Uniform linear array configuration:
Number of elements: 48
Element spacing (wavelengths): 0.25
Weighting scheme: binomial
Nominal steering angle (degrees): -45
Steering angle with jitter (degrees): -46.49
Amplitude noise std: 0.05
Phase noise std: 0.05

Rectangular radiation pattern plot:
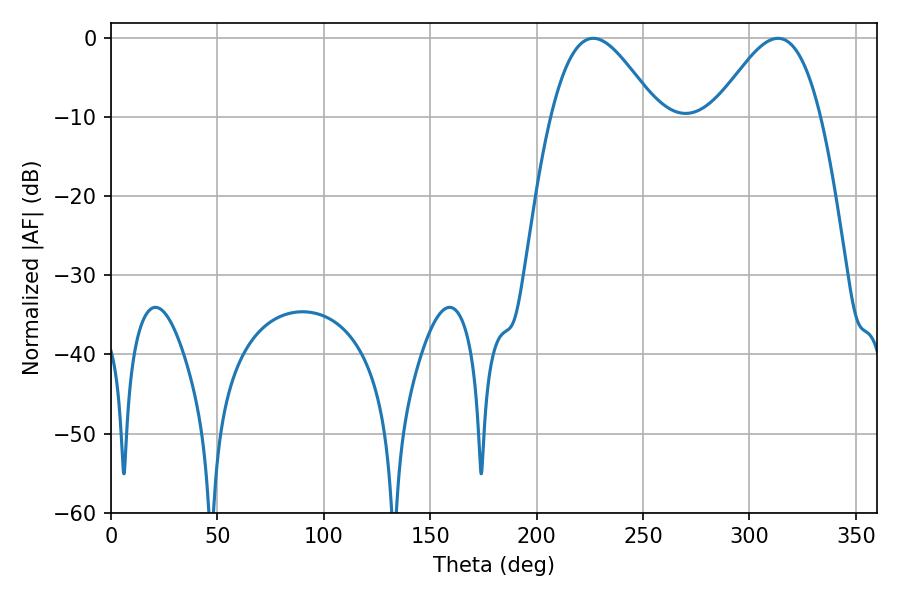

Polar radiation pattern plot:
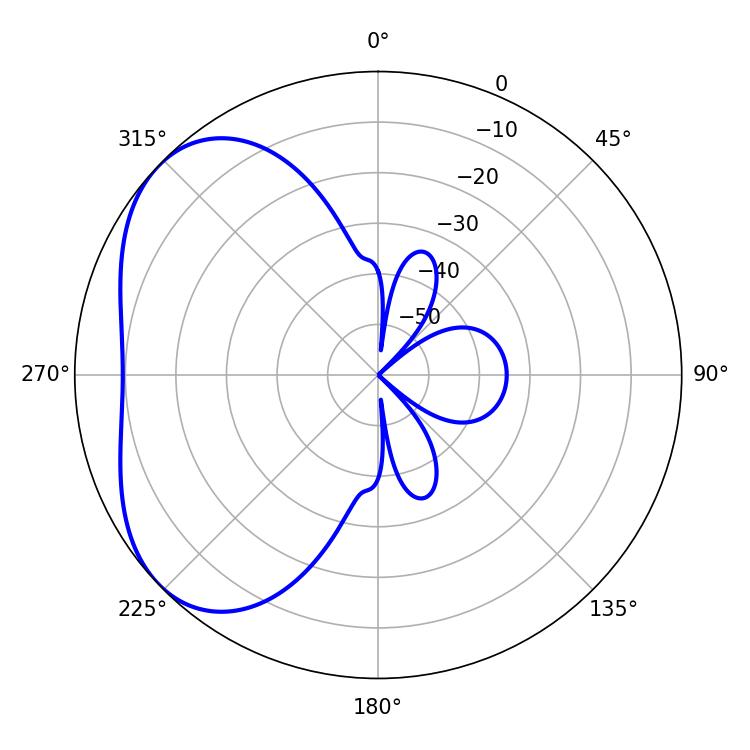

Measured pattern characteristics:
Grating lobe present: FALSE
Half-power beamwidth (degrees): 26.82
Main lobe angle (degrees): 226.62